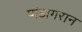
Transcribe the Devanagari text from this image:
पांडामरान